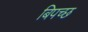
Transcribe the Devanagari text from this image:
बिपच्छ